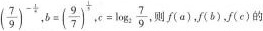
$$( \frac { 7 } { 9 } ) ^ { - \frac { 1 } { 4 } }$$，$$b = ( \frac { 9 } { 7 } ) ^ { - \frac { 1 } { 5 } }$$，$$c = \log _ { 2 } \frac { 7 } { 9 }$$，则f(a))，f(b)，f(c)的